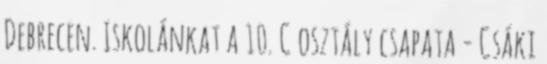
Debrecen. Iskolánkat a 10. C osztály csapata - Csáki